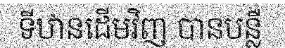
ទីឋានដើមវិញ បានបន្លឺ